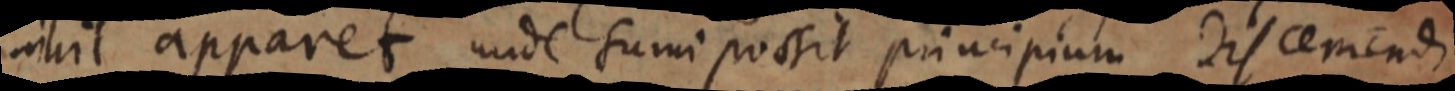
nihil apparet unde sumi possit principium discernendi